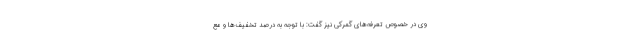
وی در خصوص تعرفه‌های گمرکی نیز گفت: با توجه به درصد تخفیف‌ها و مع